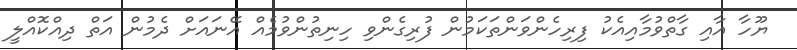
ޔޫހާ އާއި ގާތްވުމާއިއެކު ފިރިހެންވަންތަކަމުން ފުރިގެންވި ހިނިތުންވުމެއް އޭނައަށް ދެމުން އަތް ދިއްކޮއްލީ